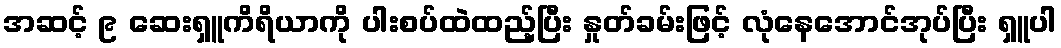
အဆင့် ၉ ဆေးရှူကိရိယာကို ပါးစပ်ထဲထည့်ပြီး နှုတ်ခမ်းဖြင့် လုံနေအောင်အုပ်ပြီး ရှူပါ